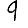
Digit: 9